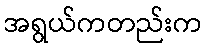
အရွယ်ကတည်းက